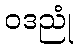
ဝဒညုံ